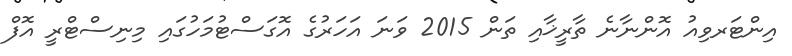
އިންޓަރވިއު އޮންނާނެ ތާރީޚާއި ތަން 2015 ވަނަ އަހަރުގެ އޮގަސްޓުމަހުގައި މިނިސްޓްރީ އޮފް